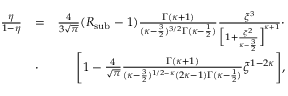
\begin{array} { r l r } { \frac { \eta } { 1 - \eta } } & { = } & { \frac { 4 } { 3 \sqrt { \pi } } ( R _ { \mathrm { \mathrm { s u b } } } - 1 ) \frac { \Gamma ( \kappa + 1 ) } { ( \kappa - \frac { 3 } { 2 } ) ^ { 3 / 2 } \Gamma ( \kappa - \frac { 1 } { 2 } ) } \frac { \xi ^ { 3 } } { \Big [ 1 + \frac { \xi ^ { 2 } } { \kappa - \frac { 3 } { 2 } } \Big ] ^ { \kappa + 1 } } \cdot } \\ & { \cdot } & { \Bigg [ 1 - \frac { 4 } { \sqrt { \pi } } \frac { \Gamma ( \kappa + 1 ) } { ( \kappa - \frac { 3 } { 2 } ) ^ { 1 / 2 - \kappa } ( 2 \kappa - 1 ) \Gamma ( \kappa - \frac { 1 } { 2 } ) } \xi ^ { 1 - 2 \kappa } \Bigg ] , } \end{array}